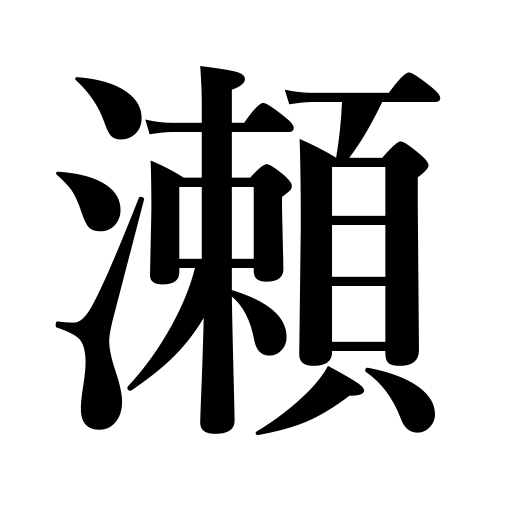
Meanings: shoal,current,rapids,torrent,shallows